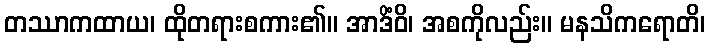
တဿာကထာယ၊ ထိုတရားစကား၏။ အာဒိံဝိ၊ အစကိုလည်း။ မနသိကရောတိ၊